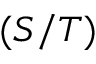
( S / T )